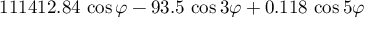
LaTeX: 1 1 1 4 1 2 . 8 4 \, \cos \varphi - 9 3 . 5 \, \cos 3 \varphi + 0 . 1 1 8 \, \cos 5 \varphi